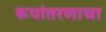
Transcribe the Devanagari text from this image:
रूपांतरणाचा